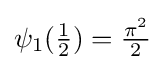
\psi _{1}({\tfrac {1}{2}})={\tfrac {\pi ^{2}}{2}}